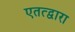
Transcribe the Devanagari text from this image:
एतत्द्वारा